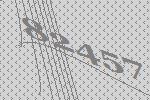
82457